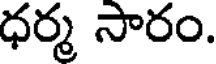
ధర్మ సారం.